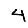
Digit: 4